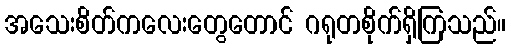
အသေးစိတ်ကလေးတွေတောင် ဂရုတစိုက်ရှိကြသည်။